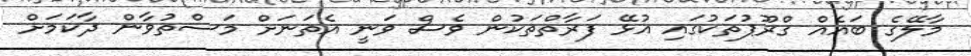
މާލޭގެ ބައެއް ގްރޫޕުތަކުގައި އުޅޭ ފަރާތްތަކުން ވެސް ވަނީ އެތަނަށް މަސްތުވާން ދާކަމަށް